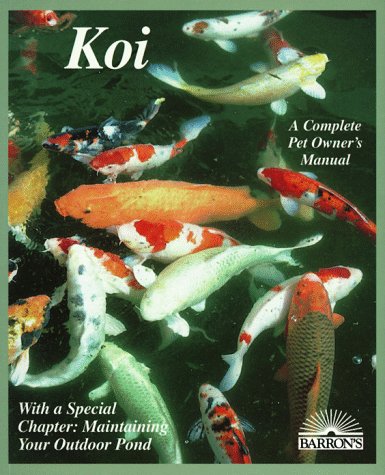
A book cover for Koi: Everything about Selection, Care, Nutrition, Diseases, Breeding, Pond Design and Maintenance, and Po (Barron's Complete Pet Owner's Manuals); George C. Blasiola; Crafts, Hobbies & Home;